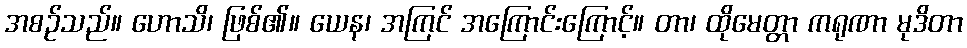
အစဉ်သည်။ ဟောသိ၊ ဖြစ်၏။ ယေန၊ အကြင် အကြောင်းကြောင့်။ တာ၊ ထိုမေတ္တာ ကရုဏာ မုဒိတာ